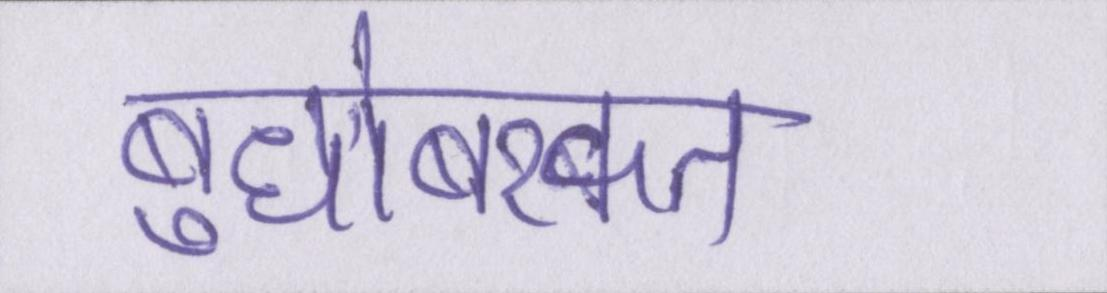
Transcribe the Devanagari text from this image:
बुधोबरकत